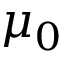
\mu _ { 0 }